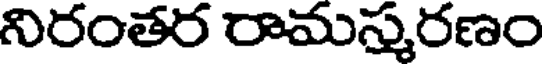
నిరంతర రామన్మురణం